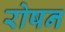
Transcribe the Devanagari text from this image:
रोषन